Document type: Sale
Year: 1435
Scribe: Pere Soler
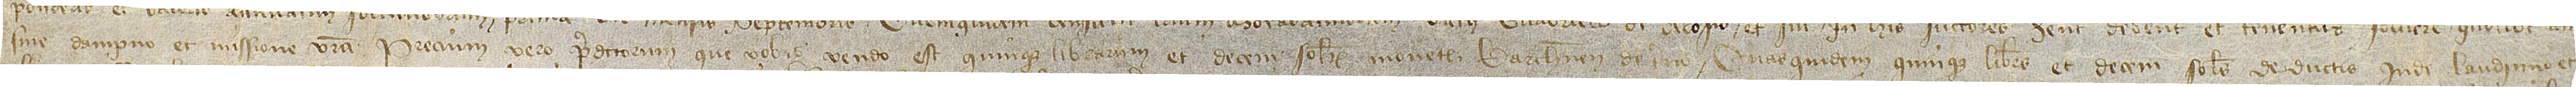
sine dampno et missione vestra. Precium vero predictorum que vobis vendo est quinque librarum et decem solidorum monete barchinonense de terno. Quasquidem quinque libras et decem solidos, deductis inde laudimio et